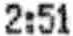
2:51